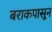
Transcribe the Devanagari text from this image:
बराकपासून